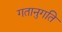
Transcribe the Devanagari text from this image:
गतानुगति